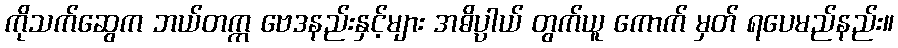
ကိုသက်ဆွေက ဘယ်တက္က ဗေဒနည်းနှင့်များ အဓိပ္ပာယ် တွက်ယူ ကောက် မှတ် ရပေမည်နည်း။